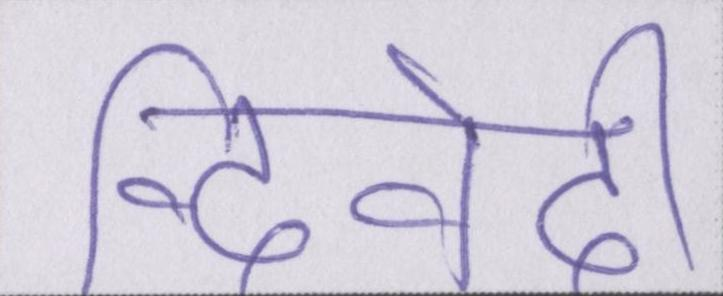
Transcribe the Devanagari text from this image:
द्विवेदी